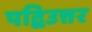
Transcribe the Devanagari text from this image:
पद्विउत्तर